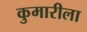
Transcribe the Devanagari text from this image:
कुमारीला